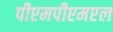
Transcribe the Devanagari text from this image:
पीएमपीएमएल